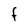
Character: F